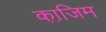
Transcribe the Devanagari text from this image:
का़जि़म